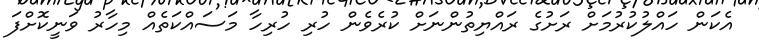
އެކަން ހައްލުކުރުމަށް ރަށުގެ ރައްޔިތުންނަށް ކުރެވެން ހުރި ހުރިހާ މަސައްކަތެއް މިހާރު ވަނީކޮށްފަ